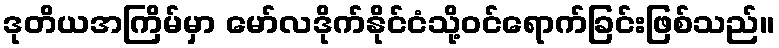
ဒုတိယအကြိမ်မှာ မော်လဒိုက်နိုင်ငံသို့ဝင်ရောက်ခြင်းဖြစ်သည်။